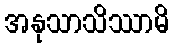
အနုသာသိဿာမိ